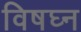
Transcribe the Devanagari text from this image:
विषघ्न